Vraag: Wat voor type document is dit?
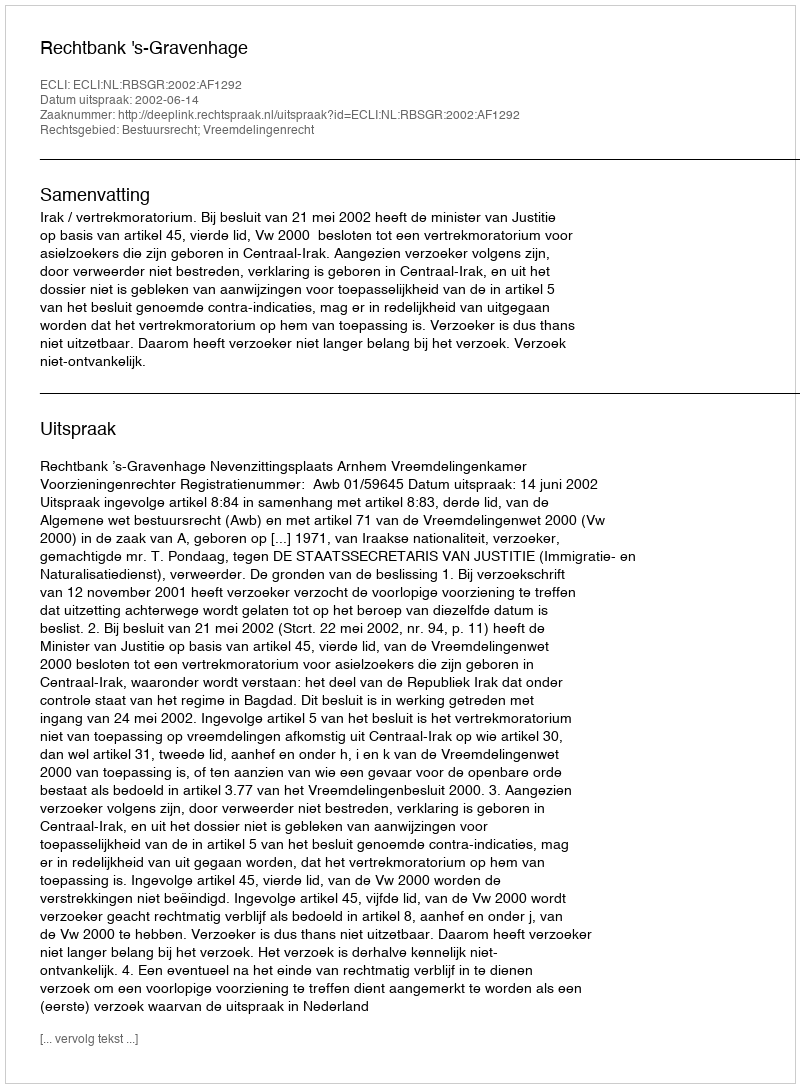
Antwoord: Uitspraak